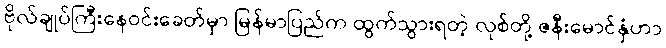
ဗိုလ်ချုပ်ကြီးနေဝင်းခေတ်မှာ မြန်မာပြည်က ထွက်သွားရတဲ့ လုစ်တို့ ဇနီးမောင်နှံဟာ